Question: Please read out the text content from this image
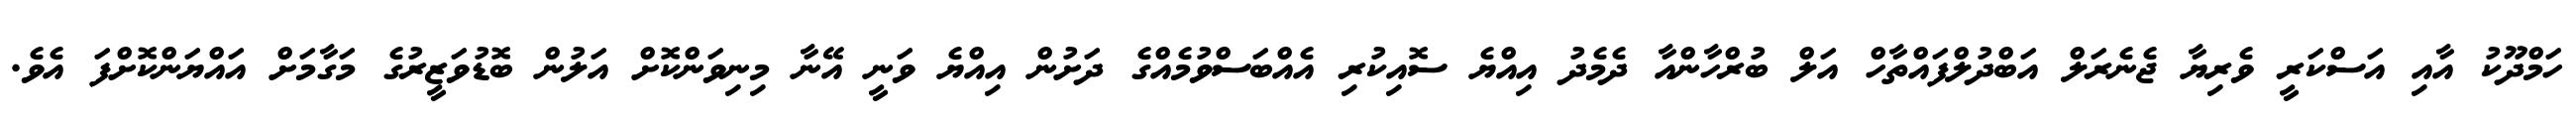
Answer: ހަމްދޫކު އާއި އަސްކަރީ ވެރިޔާ ޖެނެރަލް އަބްދުލްފައްތާހް އަލް ބުރްހާންއާ ދެމެދު އިއްޔެ ސޮއިކުރި އެއްބަސްވުމެއްގެ ދަށުން އިއްޔެ ވަނީ އޭނާ މިނިވަންކޮށް އަލުން ބޮޑުވަޒީރުގެ މަގާމަށް އައްޔަންކޮށްފަ އެވެ.